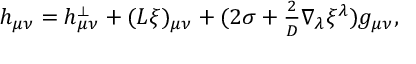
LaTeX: h _ { \mu \nu } = h _ { \mu \nu } ^ { \perp } + ( L \xi ) _ { \mu \nu } + ( 2 \sigma + { \textstyle { \frac { 2 } { D } } } \nabla _ { \lambda } \xi ^ { \lambda } ) g _ { \mu \nu } ,